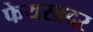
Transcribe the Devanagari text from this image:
फेयरब्रदर